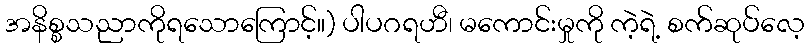
အနိစ္စသညာကိုရသောကြောင့်။) ပါပဂရဟီ၊ မကောင်းမှုကို ကဲ့ရဲ့ စက်ဆုပ်လေ့